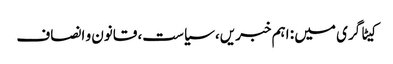
کیٹاگری میں : اہم خبریں، سیاست، قانون و انصاف